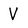
Character: V